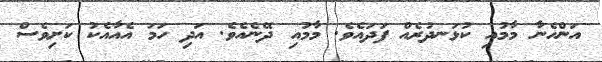
އަންހެނާ މާމުއި ކުޅަނދުރެއް ފަދައެވެ. މާމުއި ދޭނެއެވެ. އަދި ހަމަ އެއާއެކު ކަށިވެސް